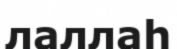
лаллаһ